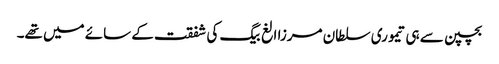
بچپن سے ہی تیموری سلطان مرزا الغ بیگ کی شفقت کے سائے میں تھے۔